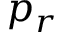
p _ { r }